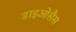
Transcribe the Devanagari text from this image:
डाइओसैस